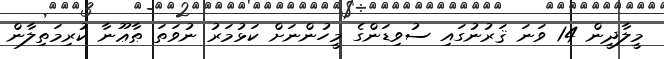
މީލާދީން 14 ވަނަ ޤަރުނުގައި ސުވިޑަންގެ މީހުންނަށް ކަޅުމަރު ނުވަތަ ޠާޢޫނާ ކުރިމަތިލާން